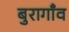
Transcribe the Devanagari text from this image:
बुरागाँव